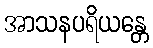
အာသနပရိယန္တေ